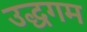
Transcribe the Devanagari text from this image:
उद्धगम